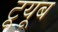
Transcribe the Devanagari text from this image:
टूयूब